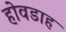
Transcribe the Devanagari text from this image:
होवडाह